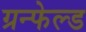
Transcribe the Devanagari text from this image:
ग्रन्फेल्ड